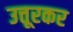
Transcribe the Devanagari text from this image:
उत्तूरकर